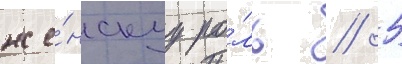
же́нскуу ро́ль // 5